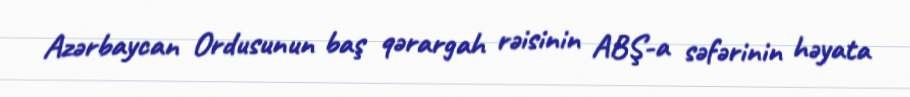
Azərbaycan Ordusunun baş qərargah rəisinin ABŞ-a səfərinin həyata